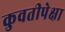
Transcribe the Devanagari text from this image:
कुवतीपेक्षा